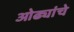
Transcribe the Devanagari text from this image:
ओढ्यांचे